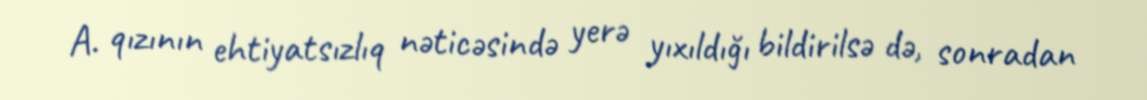
A. qızının ehtiyatsızlıq nəticəsində yerə yıxıldığı bildirilsə də, sonradan